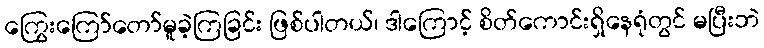
ကြွေးကြော်တော်မူခဲ့ကြခြင်း ဖြစ်ပါတယ်၊ ဒါကြောင့် စိတ်ကောင်းရှိနေရုံတွင် မပြီးဘဲ